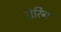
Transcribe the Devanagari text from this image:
रोरिग